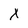
Character: X